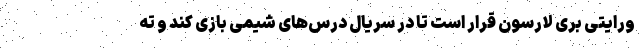
ورایتی بری لارسون قرار است تا در سریال درس‌های شیمی بازی کند و ته